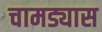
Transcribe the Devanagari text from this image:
चामड्यास